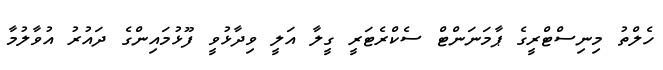
ހެލްތު މިނިސްޓްރީގެ ޕާމަނަންޓް ސެކްރެޓަރީ ގީލާ އަލީ ވިދާޅުވީ ފޫޅުމައިންގެ ދައުރު އުވާލުމާ